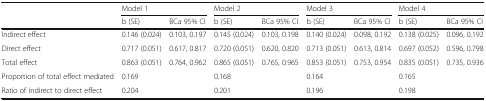
<table><thead><tr><td rowspan="2"></td><td colspan="2"><b>Model 1</b></td><td colspan="2"><b>Model 2</b></td><td colspan="2"><b>Model 3</b></td><td colspan="2"><b>Model 4</b></td></tr><tr><td><b>b (SE)</b></td><td><b>BCa 95% CI</b></td><td><b>b (SE)</b></td><td><b>BCa 95% CI</b></td><td><b>b (SE)</b></td><td><b>BCa 95% CI</b></td><td><b>b (SE)</b></td><td><b>BCa 95% CI</b></td></tr></thead><tbody><tr><td>Indirect effect</td><td>0.146 (0.024)</td><td>0.103, 0.197</td><td>0.145 (0.024)</td><td>0.103, 0.198</td><td>0.140 (0.024)</td><td>0.098, 0.192</td><td>0.138 (0.025)</td><td>0.096, 0.192</td></tr><tr><td>Direct effect</td><td>0.717 (0.051)</td><td>0.617, 0.817</td><td>0.720 (0.051)</td><td>0.620, 0.820</td><td>0.713 (0.051)</td><td>0.613, 0.814</td><td>0.697 (0.052)</td><td>0.596, 0.798</td></tr><tr><td>Total effect</td><td>0.863 (0.051)</td><td>0.764, 0.962</td><td>0.865 (0.051)</td><td>0.765, 0.965</td><td>0.853 (0.051)</td><td>0.753, 0.954</td><td>0.835 (0.051)</td><td>0.735, 0.936</td></tr><tr><td>Proportion of total effect mediated</td><td>0.169</td><td></td><td>0.168</td><td></td><td>0.164</td><td></td><td>0.165</td><td></td></tr><tr><td>Ratio of indirect to direct effect</td><td>0.204</td><td></td><td>0.201</td><td></td><td>0.196</td><td></td><td>0.198</td><td></td></tr></tbody></table>